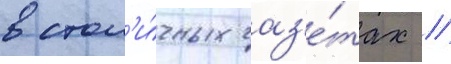
в стол'и́чных газ'е́тах //